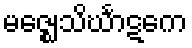
မဇ္ဈေသိင်္ဃာဋကေ